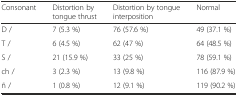
<table><thead><tr><td><b>Consonant</b></td><td><b>Distortion by tongue thrust</b></td><td><b>Distortion by tongue interposition</b></td><td><b>Normal</b></td></tr></thead><tbody><tr><td>D /</td><td>7 (5.3 %)</td><td>76 (57.6 %)</td><td>49 (37.1 %)</td></tr><tr><td>T /</td><td>6 (4.5 %)</td><td>62 (47 %)</td><td>64 (48.5 %)</td></tr><tr><td>S /</td><td>21 (15.9 %)</td><td>33 (25 %)</td><td>78 (59.1 %)</td></tr><tr><td>ch /</td><td>3 (2.3 %)</td><td>13 (9.8 %)</td><td>116 (87.9 %)</td></tr><tr><td>ñ /</td><td>1 (0.8 %)</td><td>12 (9.1 %)</td><td>119 (90.2 %)</td></tr></tbody></table>